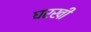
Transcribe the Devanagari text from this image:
घरखी